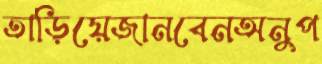
তাড়িয়েজানবেনঅনুপ